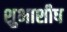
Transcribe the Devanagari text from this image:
शुभाशीष